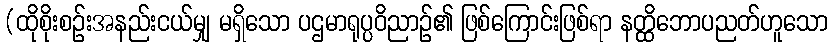
(ထိုစိုးစဉ်းအနည်းငယ်မျှ မရှိသော ပဌမာရုပ္ပဝိညာဉ်၏ ဖြစ်ကြောင်းဖြစ်ရာ နတ္ထိဘောပညတ်ဟူသော